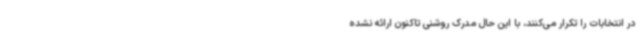
در انتخابات را تکرار می‌کنند، با این حال مدرک روشنی تاکنون ارائه نشده